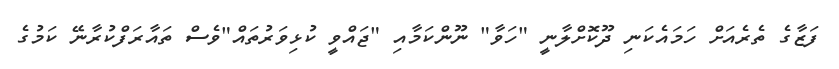
ފަޒާގެ ތެރެއަށް ހަމައެކަނި ދޫކޮށްލާނީ "ހަވާ" ނޫންކަމާއި "ޖައްވީ ކުޅިވަރުތައް"ވެސް ތައާރަފްކުރާނޭ ކަމުގެ